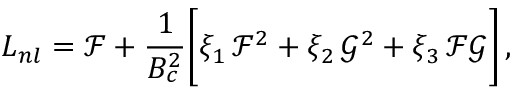
L _ { n l } = \mathcal { F } + \frac { 1 } { B _ { c } ^ { 2 } } \bigg [ \xi _ { 1 } \, \mathcal { F } ^ { 2 } + \xi _ { 2 } \, \mathcal { G } ^ { 2 } + \xi _ { 3 } \, \mathcal { F } \mathcal { G } \bigg ] \, ,